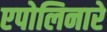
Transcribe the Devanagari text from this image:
एपोलिनारे